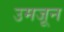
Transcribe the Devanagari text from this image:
उमजून